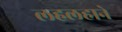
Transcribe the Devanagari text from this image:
लहलहाने